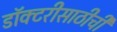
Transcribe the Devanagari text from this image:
डॉक्टरीसाठीची